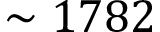
\sim 1 7 8 2